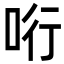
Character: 哘